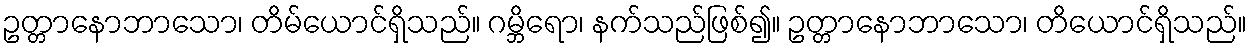
ဥတ္တာနောဘာသော၊ တိမ်ယောင်ရှိသည်။ ဂမ္ဘိရော၊ နက်သည်ဖြစ်၍။ ဥတ္တာနောဘာသော၊ တိယောင်ရှိသည်။